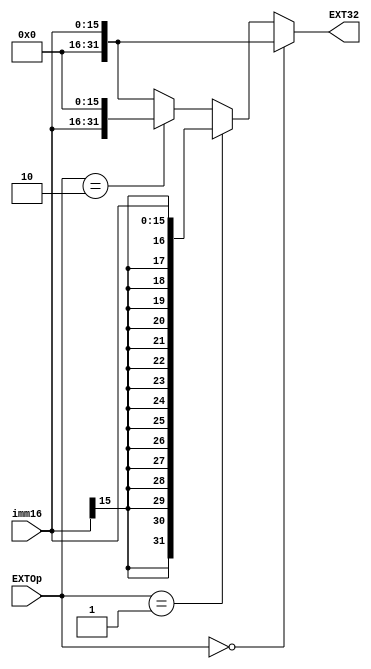
`timescale 1ns / 1ps

module D_EXT(
    input [15:0] imm16,
    input [4:0] EXTOp,
    output [31:0] EXT32
    );
    
    wire [31:0] signext;
    assign signext = {{16{imm16[15]}}, imm16};
    
    assign EXT32 =  
        (EXTOp==5'd0)? {16'h0000, imm16}:   //
        (EXTOp==5'd1)? signext:             //
        (EXTOp==5'd2)? {imm16, 16'h0000}:   //
        {16'h0000, imm16};                      // 
        
endmodule